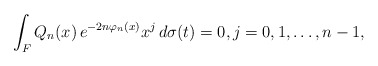
\begin{align*}\int_F Q_n(x)\, e^{-2n \varphi_n(x)}x^j \,d\sigma(t) = 0 , j = 0,1, \dots, n-1 ,\end{align*}